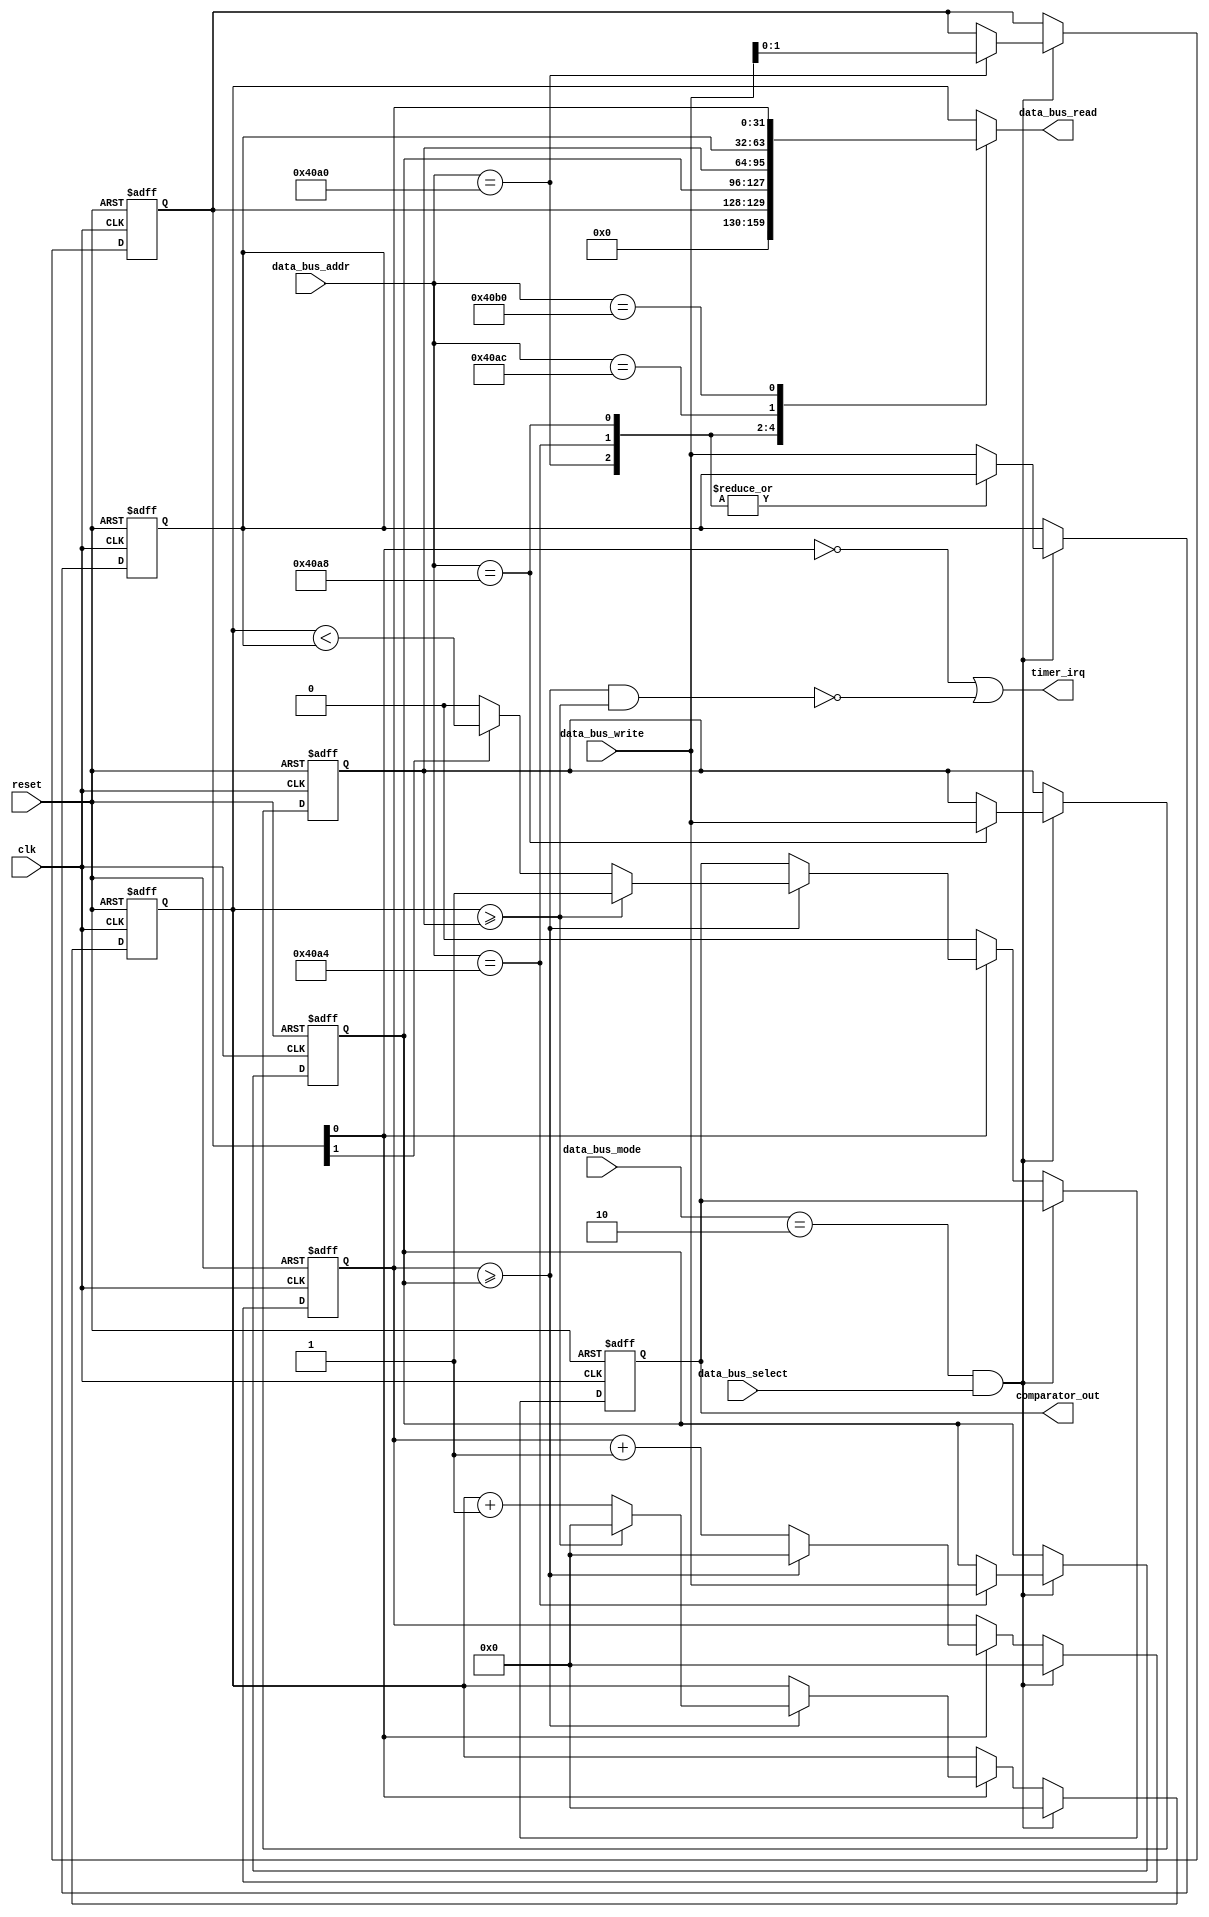
module timer(
    input clk,
    input reset,
    input [31:0] data_bus_write,
    output [31:0] data_bus_read,
    input [31:0] data_bus_addr,
    input [1:0] data_bus_mode,  // 00: Nothing, 01: Read, 10: Write
    input data_bus_select,
    output timer_irq,
    output reg comparator_out
);

// ==== Module Parameters ====
parameter base_address = 32'h40A0;
parameter addr_cntrl = base_address + 32'h0000;
parameter addr_prsclr_th = base_address + 32'h0004;
parameter addr_cntr_th = base_address + 32'h0008;
parameter addr_cmp_vl = base_address + 32'h000C;
parameter addr_prsclr_vl = base_address + 32'h0010;
parameter addr_cntr_vl = base_address + 32'h0014;


// ==== Port Registers ====
reg [1:0] timer_control;   
wire timer_enabled = timer_control[0];
wire comparator_out_enabled = timer_control[1];

reg [31:0] prescaler_threshold; 
reg [31:0] counter_threshold;   
reg [31:0] comparator_value;    

reg [31:0] prescaler_value;     // (read only)
reg [31:0] counter_value;       // (read only)
// ====

// ==== Reading ====
wire read_requested = (data_bus_mode == 2'b01) && data_bus_select;

assign data_bus_read = bus_read();

function [31:0] bus_read();
    case (data_bus_addr)
        addr_cntrl: bus_read = { 30'h0, timer_control };
        addr_prsclr_th: bus_read = prescaler_threshold;
        addr_cntr_th: bus_read = counter_threshold;
        addr_cmp_vl: bus_read = comparator_value;
        addr_prsclr_vl: bus_read = prescaler_value;
        default: bus_read = counter_value;
    endcase
endfunction


// ==== Writing and Logic ====
wire write_requested = (data_bus_mode == 2'b10) && data_bus_select;

assign timer_irq = (!timer_enabled) | !(((prescaler_value >= (prescaler_threshold)) && (counter_value >= (counter_threshold))));

always @(posedge clk or negedge reset) begin
    if(!reset) begin
        timer_control <= 2'b0;
        prescaler_threshold <= 32'b0;
        counter_threshold <= 32'b0;
        prescaler_value <= 32'b0;
        counter_value <= 32'b0;
        comparator_value <= 32'b0; 
        comparator_out <= 1'b0;
    end
    else begin
        // If we are requested to do a write, handle that
        if(write_requested) begin
            case (data_bus_addr)
                addr_cntrl: timer_control <= data_bus_write[1:0];
                addr_prsclr_th: prescaler_threshold <= data_bus_write;
                addr_cntr_th: counter_threshold <= data_bus_write;
                default: comparator_value <= data_bus_write;
            endcase

            // Reset timer TODO is this a good idea?
            prescaler_value <= 32'b0;
            counter_value <= 32'b0;
        end
        else begin // Otherwise perform normal counter operation
            if(timer_enabled) begin           
                prescaler_value <= prescaler_value + 32'b1;

                // Did we exceed the prescaler counter?
                if (prescaler_value >= prescaler_threshold) begin
                    prescaler_value <= 32'b0;

                    // Increment real counter
                    counter_value <= counter_value + 32'b1;

                    if (counter_value >= counter_threshold) begin
                        counter_value <= 32'b0;
                        comparator_out <= 1'b1;
                    end
                    else begin
                        comparator_out <= (comparator_out_enabled) ? (counter_value < comparator_value) : 1'b0;
                    end
                end
            end
            else begin
                // Make sure the comparator out will go off when the timer is stopped
                comparator_out <= 1'b0;
            end
        end        
    end
end

endmodule